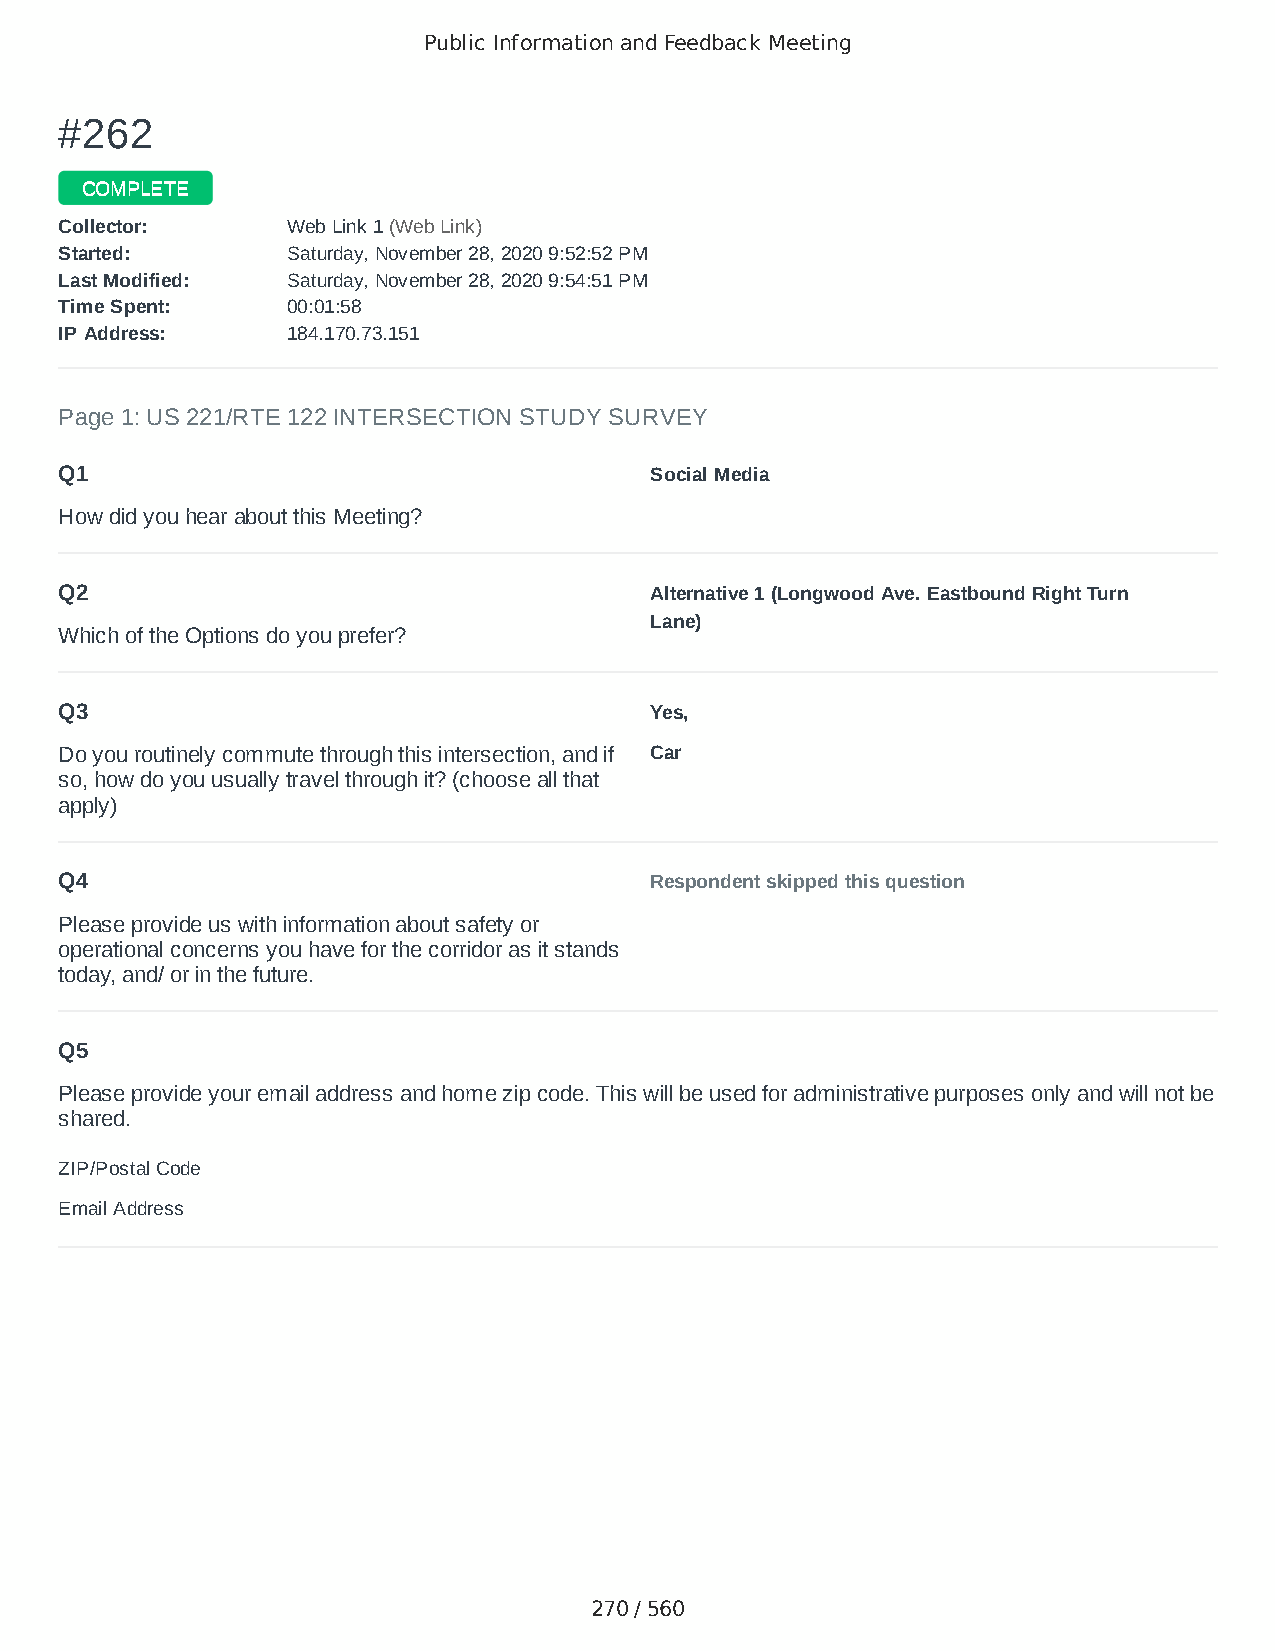
Public Information and Feedback Meeting
 ##226622
 CCOOMMPPLLEETTEE
 CCoolllleeccttoorr:: WWeebb LLiinnkk 11 ((WWeebb LLiinnkk))
 SSttaarrtteedd:: SSaattuurrddaayy,, NNoovveemmbbeerr 2288,, 22002200 99::5522::5522 PPMM
 LLaasstt MMooddiiffiieedd:: SSaattuurrddaayy,, NNoovveemmbbeerr 2288,, 22002200 99::5544::5511 PPMM
 TTiimmee SSppeenntt:: 0000::0011::5588
 IIPP AAddddrreessss:: 118844..117700..7733..115511
 Page 1: US 221/RTE 122 INTERSECTION STUDY SURVEY
 Q1                                     Social Media
 How did you hear about this Meeting?
 Q2                                     Alternative 1 (Longwood Ave. Eastbound Right Turn
 Lane)
 Which of the Options do you prefer?
 Q3                                     Yes,
 Do you routinely commute through this intersection, and if Car
 so, how do you usually travel through it? (choose all that
 apply)
 Q4                                     Respondent skipped this question
 Please provide us with information about safety or
 operational concerns you have for the corridor as it stands
 today, and/ or in the future.
 Q5
 Please provide your email address and home zip code. This will be used for administrative purposes only and will not be
 shared.
 ZIP/Postal Code                        24556
 Email Address                          carolyn.hitchcock0323@gmail.com
 270 / 560